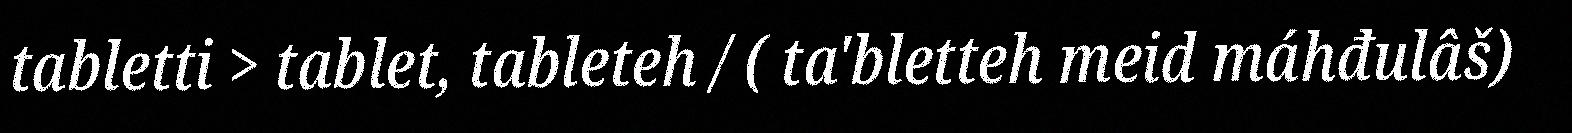
tabletti > tablet, tableteh / ( ta'bletteh meid máhđulâš)